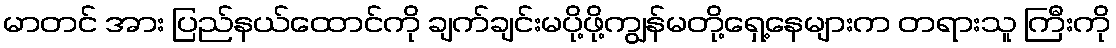
မာတင် အား ပြည်နယ်ထောင်ကို ချက်ချင်းမပို့ဖို့ကျွန်မတို့ရှေ့နေများက တရားသူ ကြီးကို